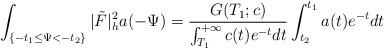
LaTeX: \begin{align*} \int_{\{-t_1\le\Psi<-t_2\}}|\tilde{F}|^2_ha(-\Psi)=\frac{G(T_1;c)}{\int_{T_1}^{+\infty}c(t)e^{-t}dt} \int_{t_2}^{t_1}a(t)e^{-t}dt \end{align*}